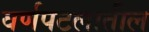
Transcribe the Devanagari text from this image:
वर्णपटलातील